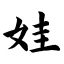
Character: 娃